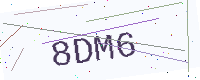
Text: 8DM6